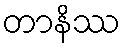
တာနိဿ